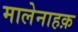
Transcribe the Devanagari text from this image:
मालेनाहक़